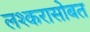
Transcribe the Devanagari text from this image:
लश्करासोबत